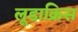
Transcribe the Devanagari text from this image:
लूडाक्रिस